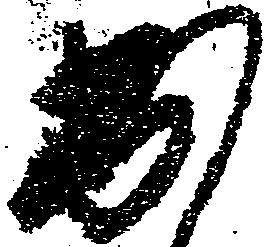
出